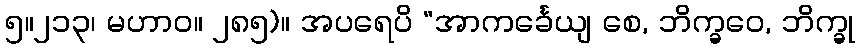
၅။၂၁၃၊ မဟာဝ။ ၂၈၅)။ အပရေပိ “အာကင်္ခေယျ စေ, ဘိက္ခဝေ, ဘိက္ခု